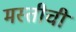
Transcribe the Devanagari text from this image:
मस्तीची